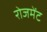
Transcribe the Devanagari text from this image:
रोजमेंट